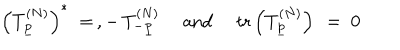
\left( T _ { \underline { { { p } } } } ^ { ( N ) } \right) ^ { * } \ = \, , - \, T _ { - \underline { { { p } } } } ^ { ( N ) } \ \quad \mathrm { a n d } \quad \ \mathrm { t r } \left( T _ { \underline { { { p } } } } ^ { ( N ) } \right) \ = \ 0